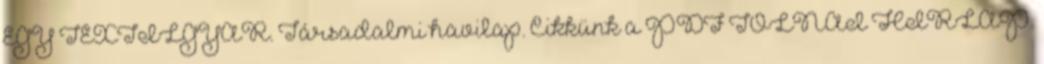
EGY TEXTILGYÁR. Társadalmi havilap. Cikkünk a PDF TOLNAI HÍRLAP.